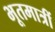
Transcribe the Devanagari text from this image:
भूतमात्रीं